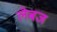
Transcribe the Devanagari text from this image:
लेबज